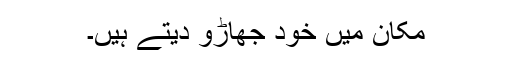
مکان میں خود جھاڑو دیتے ہیں۔